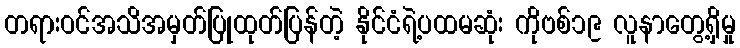
တရားဝင်အသိအမှတ်ပြုထုတ်ပြန်တဲ့ နိုင်ငံရဲ့ပထမဆုံး ကိုဗစ်၁၉ လူနာတွေ့ရှိမှု